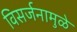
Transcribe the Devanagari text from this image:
विसर्जनामुळे